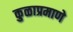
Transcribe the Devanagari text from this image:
कुळाप्रमाणे